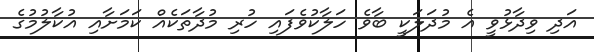
އަދި ވިދާޅުވީ އެ މުދަލަކީ ބާވެ ހަލާކުވެފައި ހުރި މުދާތަކެއް ކަމަށާއި އުކާލުމުގެ